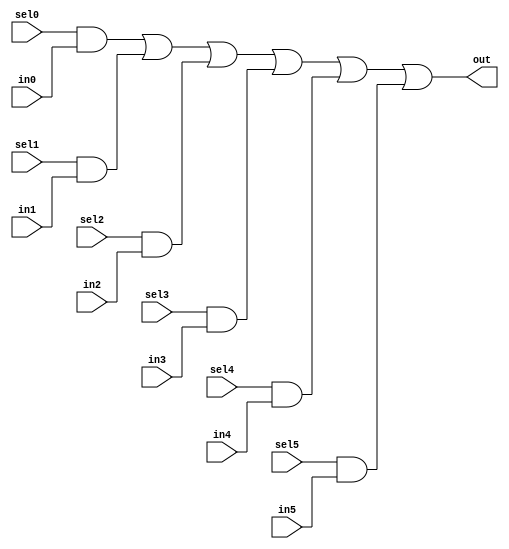
////////////////////////////////////////////////////////////////////////////////
// Company     : XnonymouX
//
// Filename    : mux6
// Description : 6:1 parallel mux.
//
// History     : Initial 	
//
////////////////////////////////////////////////////////////////////////////////

module mux6
    (
    sel0,
    in0,
    //-------------------
    sel1,
    in1,
    //-------------------
    sel2,
    in2,
    //-------------------
    sel3,
    in3,
    //-------------------
    sel4,
    in4,
    //-------------------
    sel5,
    in5,
    //-------------------
    out
    );

//------------------------------------------------------------------------------
//Parameters
parameter DW = 1'b1;
//------------------------------------------------------------------------------
// Port declarations
input               sel0;
input [DW-1:0]	    in0;
//
input               sel1;
input [DW-1:0]	    in1;
//
input               sel2;
input [DW-1:0]	    in2;
//
input               sel3;
input [DW-1:0]	    in3;
//
input               sel4;
input [DW-1:0]	    in4;
//
input               sel5;
input [DW-1:0]	    in5;
//
output [DW-1:0]	    out;
//------------------------------------------------------------------------------
//internal signal

//------------------------------------------------------------------------------
//Logic
assign out = ({DW{sel0}} & in0) |
             ({DW{sel1}} & in1) |
             ({DW{sel2}} & in2) |
             ({DW{sel3}} & in3) |
             ({DW{sel4}} & in4) |
             ({DW{sel5}} & in5);

endmodule